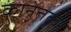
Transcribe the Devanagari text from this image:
कानेतकर